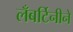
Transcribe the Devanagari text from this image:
लँबर्टिनीने